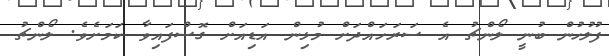
ފުލުހުން ބުނީ ލޯންޗު އެ ސަރަހައްދަށް މުޅިން އަޑިއަށް ގޮސްފައިވާ ކަމަށެވެ. ލޯންޗު